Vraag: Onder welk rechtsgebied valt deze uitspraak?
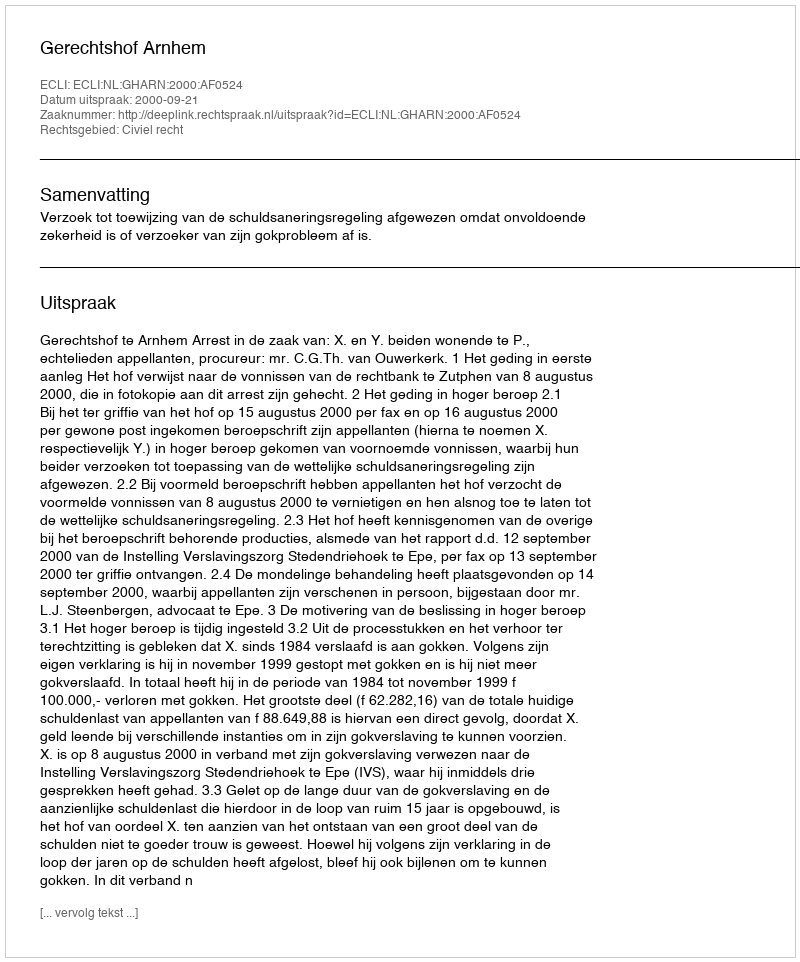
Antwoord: Civiel recht